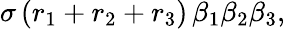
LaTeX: \sigma\, (r_{1}+r_{2}+r_{3})\, {\beta}_{1}{\beta}_{2}{\beta}_{3},